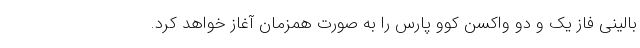
بالینی فاز یک و دو واکسن کوو پارس را به صورت همزمان آغاز خواهد کرد.